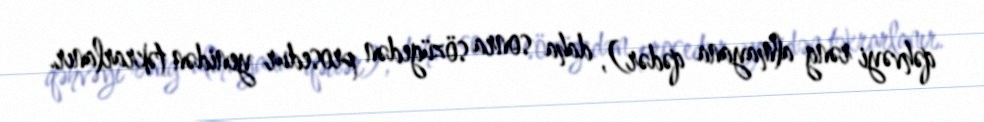
qəhvəyi rəng almayana qədər), daha sonra sözügedən prosedur yenidən təkrarlanır.